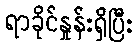
ရာခိုင်နှုန်းရှိပြီး